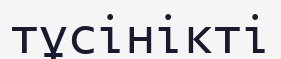
тұсінікті